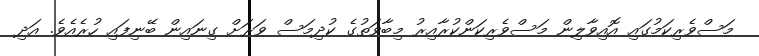
މަސްވެރިކަމުގައި އޮއިވާލިން މަސްވެރިކަންކުރާއިރު މިބާވަތުގެ ކުދިމަސް ވަރަށް ގިނައިން ބޭނިފައި ހުރެއެވެ. އަދި